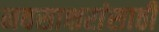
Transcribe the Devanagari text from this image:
नवसाक्षरांसाठी